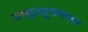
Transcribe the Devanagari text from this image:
वायुप्रदूषणाला